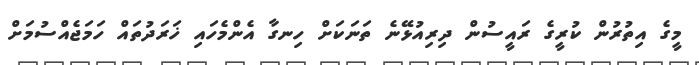
މީގެ އިތުރުން ކުރީގެ ރައީސުން ދިރިއުޅޭނެ ތަނަކަށް ހިނގާ އެންމެހައި ޚަރަދުތައް ހަމަޖެއްސުމަށް